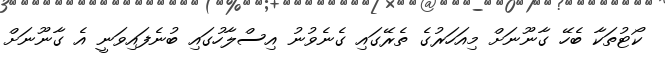
ކޯޓުތަކާ ބެހޭ ގާނޫނަށް މިއަހަރުގެ ތެރޭގައި ގެނެވުނު އިސްލާހުގައި ބުނެފައިވަނީ އެ ގާނޫނަށް